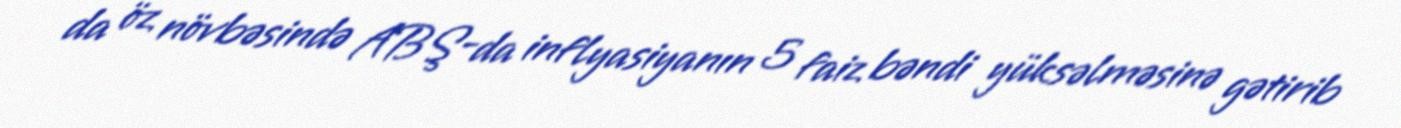
da öz növbəsində ABŞ-da inflyasiyanın 5 faiz bəndi yüksəlməsinə gətirib